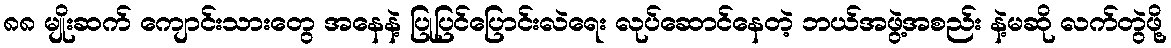
၈၈ မျိုးဆက် ကျောင်းသားတွေ အနေနဲ့ ပြုပြင်ပြောင်းလဲရေး လုပ်ဆောင်နေတဲ့ ဘယ်အဖွဲ့အစည်း နဲ့မဆို လက်တွဲဖို့